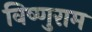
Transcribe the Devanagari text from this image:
विष्णुराम